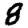
Digit: 8